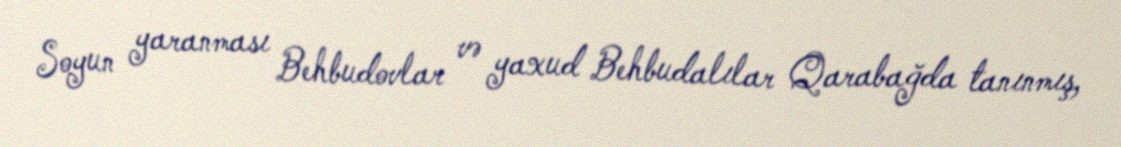
Soyun yaranması Behbudovlar və yaxud Behbudalılar Qarabağda tanınmış,